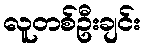
လူတစ်ဦးချင်း